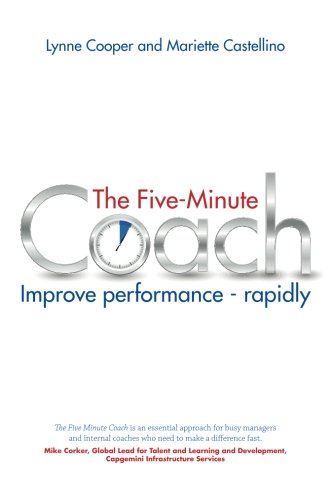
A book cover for The Five Minute Coach: Improve Performance Rapidly; Lynne Cooper; Business & Money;